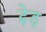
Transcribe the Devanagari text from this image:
ढ़ेड़